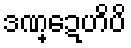
ဒဏ္ဍေဟိပိ